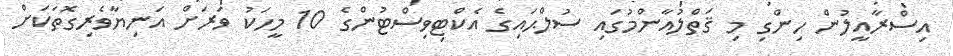
އިސްރާއީލުން ހިންގި މި ޤަތްލުއާންމުގައި ސުލްޙައިގެ އެކްޓިވިސްޓުންގެ 10 މީހަކު ވަރަށް އަނިޔާވެރިގޮތަކަށް